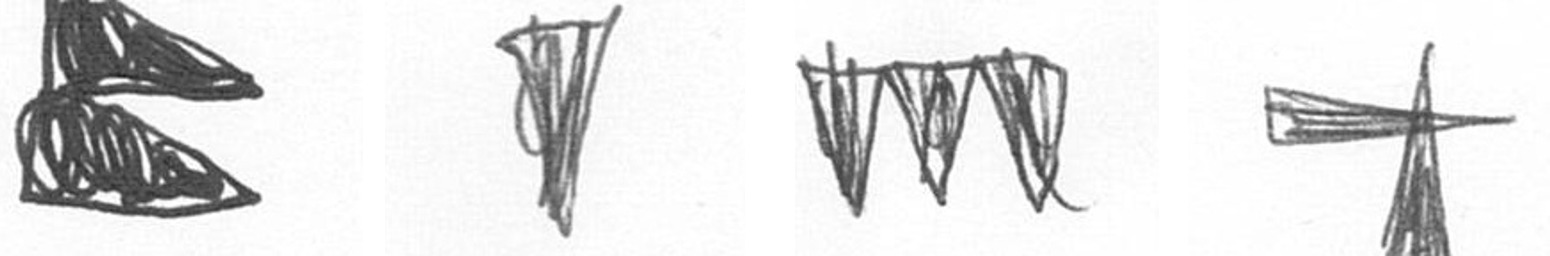
P J L G